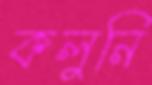
কলুনি